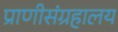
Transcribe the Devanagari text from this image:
प्राणीसंग्रहालय